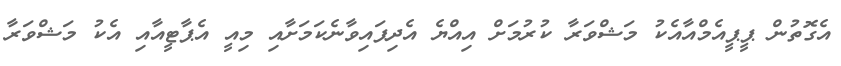
އެގޮތުން ޕީޕީއެމްއާއެކު މަޝްވަރާ ކުރުމަށް އިއްޔެ އެދިފައިވާނެކަމަށާއި މިއީ އެޕާޓީއާއި އެކު މަޝްވަރާ